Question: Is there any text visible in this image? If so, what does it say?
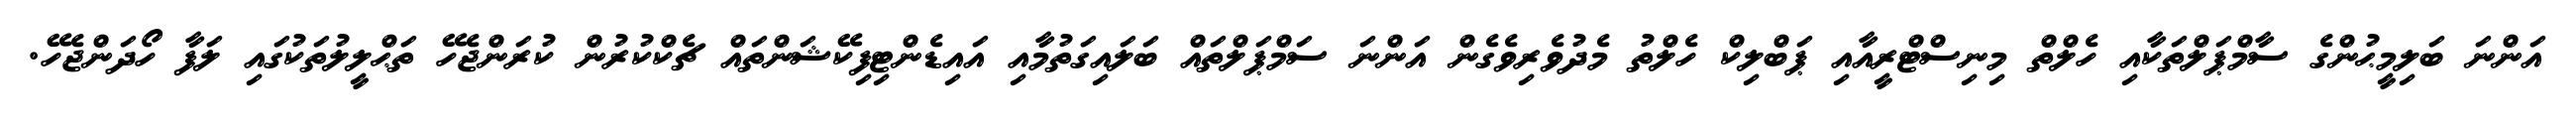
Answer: އަންނަ ބަލިމީޙުންގެ ސާމްޕަލްތަކާއި ހެލްތް މިނިސްޓްރީއާއި ޕަބްލިކް ހެލްތު މެދުވެރިވެގެން އަންނަ ސަމްޕަލްތައް ބަލައިގަތުމާއި އައިޑެންޓިފިކޭޝަންތައް ޗެކްކުރުން ކުރަންޖެހޭ ތަޙްލީލުތަކުގައި ލަފާ ހޯދަންޖެހޭ.